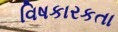
વિષકારકતા